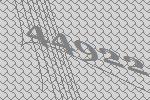
44922